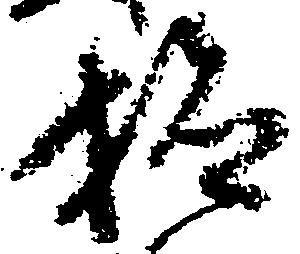
検